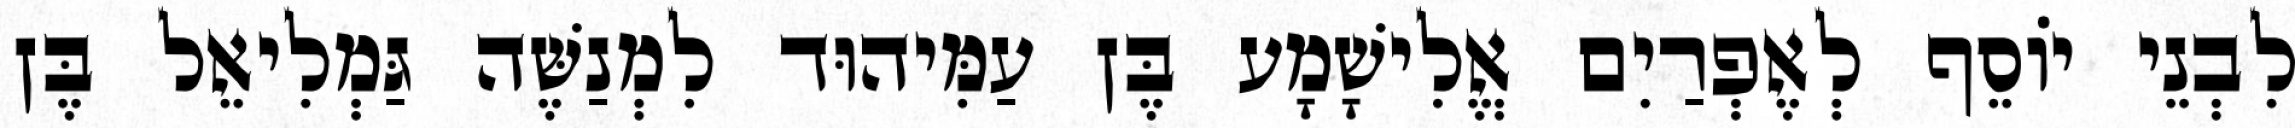
לִבְנֵי יוֹסֵף לְאֶפְרַיִם אֱלִישָׁמָע בֶּן עַמִּיהוּד לִמְנַשֶּׁה גַּמְלִיאֵל בֶּן